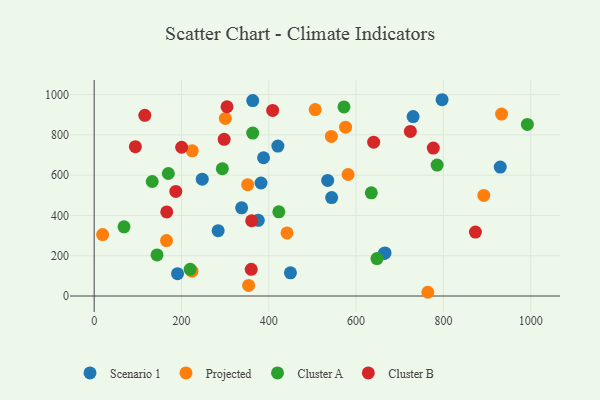
{"axis": {"x": "Experience", "y": "Salary"}, "legend": ["Cluster A", "Cluster B", "Projected", "Scenario 1"], "data": [{"x": "420.8", "y": 744.3, "type": "Scenario 1"}, {"x": "664.6", "y": 211.2, "type": "Scenario 1"}, {"x": "363.2", "y": 970.5, "type": "Scenario 1"}, {"x": "666.4", "y": 213.9, "type": "Scenario 1"}, {"x": "796.9", "y": 974.6, "type": "Scenario 1"}, {"x": "247.6", "y": 580.0, "type": "Scenario 1"}, {"x": "534.9", "y": 573.9, "type": "Scenario 1"}, {"x": "284.0", "y": 324.5, "type": "Scenario 1"}, {"x": "730.6", "y": 890.7, "type": "Scenario 1"}, {"x": "382.2", "y": 561.2, "type": "Scenario 1"}, {"x": "449.6", "y": 114.9, "type": "Scenario 1"}, {"x": "388.0", "y": 686.4, "type": "Scenario 1"}, {"x": "337.8", "y": 437.7, "type": "Scenario 1"}, {"x": "930.2", "y": 640.4, "type": "Scenario 1"}, {"x": "375.9", "y": 375.6, "type": "Scenario 1"}, {"x": "544.0", "y": 488.9, "type": "Scenario 1"}, {"x": "191.0", "y": 111.1, "type": "Scenario 1"}, {"x": "506.3", "y": 925.8, "type": "Projected"}, {"x": "353.8", "y": 52.5, "type": "Projected"}, {"x": "764.3", "y": 18.5, "type": "Projected"}, {"x": "224.7", "y": 720.8, "type": "Projected"}, {"x": "575.8", "y": 838.5, "type": "Projected"}, {"x": "441.8", "y": 313.0, "type": "Projected"}, {"x": "933.2", "y": 903.1, "type": "Projected"}, {"x": "351.6", "y": 552.9, "type": "Projected"}, {"x": "224.1", "y": 123.5, "type": "Projected"}, {"x": "581.6", "y": 603.4, "type": "Projected"}, {"x": "543.3", "y": 792.4, "type": "Projected"}, {"x": "165.7", "y": 275.4, "type": "Projected"}, {"x": "892.5", "y": 499.6, "type": "Projected"}, {"x": "19.4", "y": 304.8, "type": "Projected"}, {"x": "300.6", "y": 881.7, "type": "Projected"}, {"x": "144.0", "y": 204.1, "type": "Cluster A"}, {"x": "647.8", "y": 186.0, "type": "Cluster A"}, {"x": "169.9", "y": 608.2, "type": "Cluster A"}, {"x": "293.6", "y": 632.2, "type": "Cluster A"}, {"x": "423.0", "y": 418.2, "type": "Cluster A"}, {"x": "133.0", "y": 568.6, "type": "Cluster A"}, {"x": "363.1", "y": 809.0, "type": "Cluster A"}, {"x": "785.6", "y": 650.1, "type": "Cluster A"}, {"x": "219.9", "y": 132.3, "type": "Cluster A"}, {"x": "68.4", "y": 343.6, "type": "Cluster A"}, {"x": "634.8", "y": 512.2, "type": "Cluster A"}, {"x": "992.3", "y": 852.2, "type": "Cluster A"}, {"x": "572.2", "y": 938.8, "type": "Cluster A"}, {"x": "297.8", "y": 778.1, "type": "Cluster B"}, {"x": "408.9", "y": 921.5, "type": "Cluster B"}, {"x": "200.4", "y": 738.5, "type": "Cluster B"}, {"x": "640.2", "y": 763.7, "type": "Cluster B"}, {"x": "724.3", "y": 817.0, "type": "Cluster B"}, {"x": "94.4", "y": 741.4, "type": "Cluster B"}, {"x": "304.3", "y": 939.8, "type": "Cluster B"}, {"x": "873.3", "y": 317.5, "type": "Cluster B"}, {"x": "166.3", "y": 417.7, "type": "Cluster B"}, {"x": "187.0", "y": 519.5, "type": "Cluster B"}, {"x": "776.8", "y": 734.5, "type": "Cluster B"}, {"x": "360.8", "y": 373.7, "type": "Cluster B"}, {"x": "359.8", "y": 132.4, "type": "Cluster B"}, {"x": "116.0", "y": 897.2, "type": "Cluster B"}]}